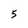
Character: 5